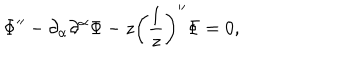
LaTeX: \Phi ^ { \prime \prime } - \partial _ { \alpha } \partial ^ { \alpha } \Phi - z \biggl ( \frac { 1 } { z } \biggr ) ^ { \prime \prime } \Phi = 0 ,